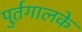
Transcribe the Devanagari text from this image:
पुर्तगालके